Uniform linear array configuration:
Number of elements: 8
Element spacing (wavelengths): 0.25
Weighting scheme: exponential
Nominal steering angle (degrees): -60
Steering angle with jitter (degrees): -60.671
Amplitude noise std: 0.05
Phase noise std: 0.05

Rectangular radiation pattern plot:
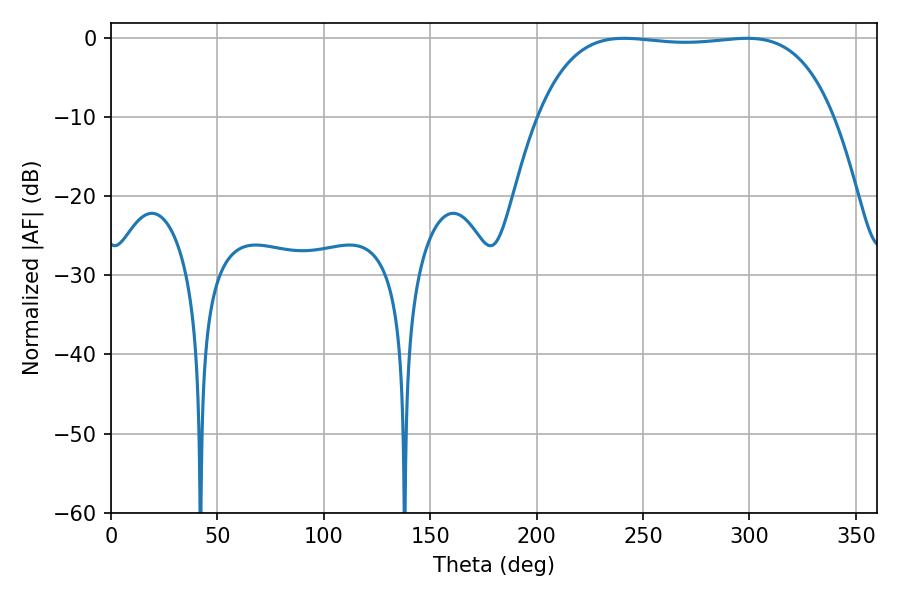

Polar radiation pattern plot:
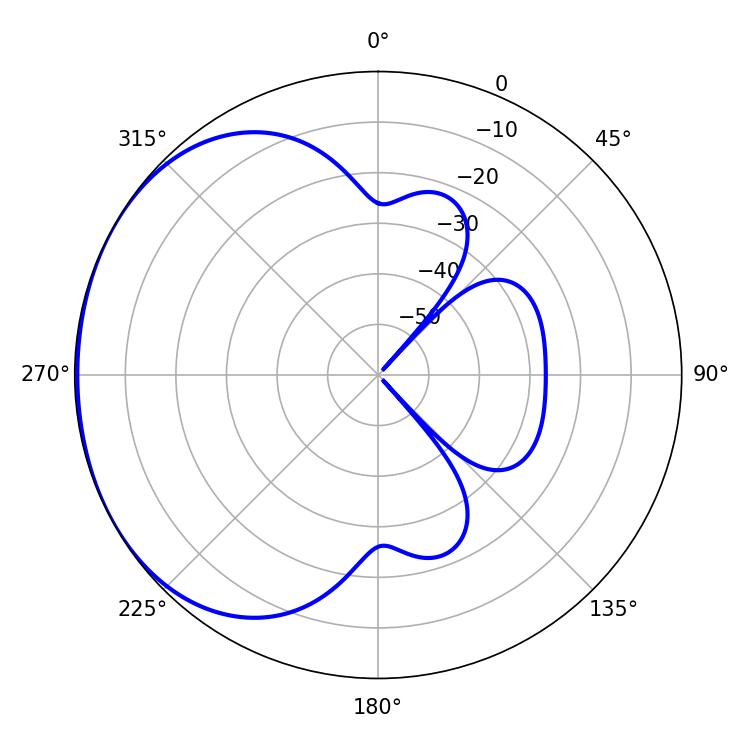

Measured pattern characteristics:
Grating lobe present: FALSE
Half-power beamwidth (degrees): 109.44
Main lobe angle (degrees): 241.02